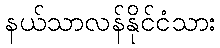
နယ်သာလန်နိုင်ငံသား